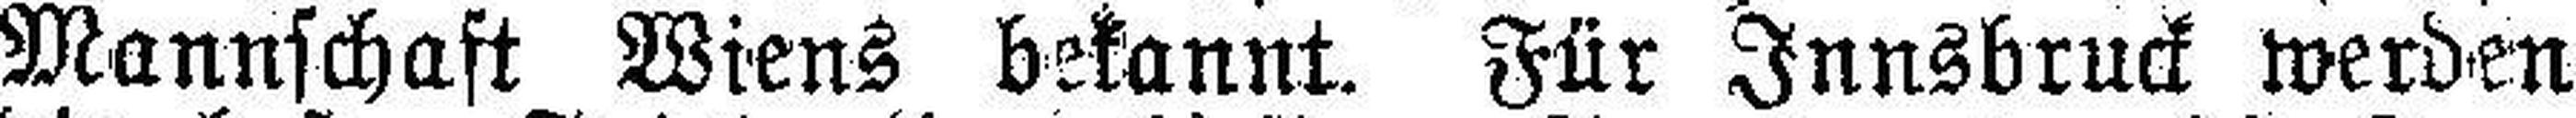
Mannschaft Wiens bekannt. Für Innsbruck werden